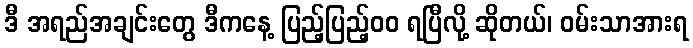
ဒီ အရည်အချင်းတွေ ဒီကနေ့ ပြည့်ပြည့်၀၀ ရပြီလို့ ဆိုတယ်၊ ဝမ်းသာအားရ